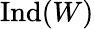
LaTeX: {\mathrm{Ind}}(W)